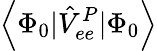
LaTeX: \left<\Phi_{0}|\hat{V}_{ee}^{P}|\Phi_{0}\right>